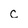
Character: c